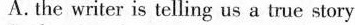
A.the writer is telling us a true story